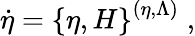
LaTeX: \dot{\eta}=\left\{ \eta,H\right\} ^{(\eta,\Lambda)}\; ,